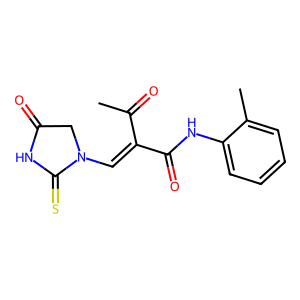
SMILES: CC(=O)C(=CN1CC(=O)NC1=S)C(=O)Nc1ccccc1C
Inhibits HIV replication: No